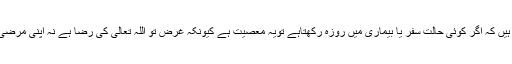
مَیں نے پڑھا ہے کہ اکثر اکابراس طرف گئے ہیں کہ اگر کوئی حالت سفر یا بیماری میں روزہ رکھتاہے تویہ معصیت ہے کیونکہ غرض تو اللہ تعالیٰ کی رضا ہے نہ اپنی مرضی اور اللہ تعالیٰ کی رضا فرمانبرداری میں ہے۔